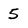
Character: 5